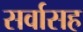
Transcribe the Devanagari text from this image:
सर्वासह